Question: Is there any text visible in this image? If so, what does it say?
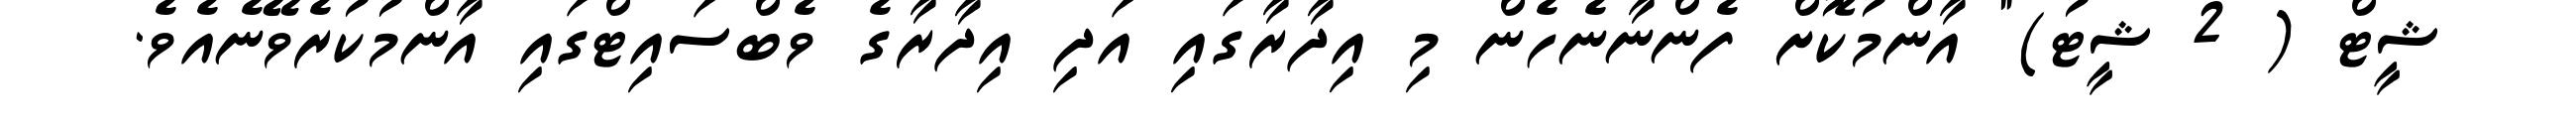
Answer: ޝީޓް ( 2 ޝީޓު)" އާންމުކޮށް ފެންނާނެހެން މި އިދާރާގައި އަދި އިދާރާގެ ވެބްސައިޓްގައި އާންމުކުރެވޭނެއެވެ.